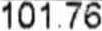
101.76